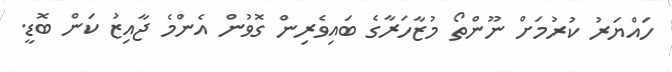
ހައްޔަރު ކުރުމަށް ނޫންތޯ މުޒާހަރާގެ ބައިވެރިން ގޮވުން އެންމެ ޖާއިޒު ކަން ބޮޑީ.